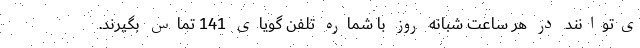
ی‌توانند در هر ساعت شبانه روز با شماره تلفن گویای 141 تماس بگیرند.